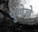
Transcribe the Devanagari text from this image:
पुणेचे